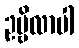
ဥဗ္ဗိလာပါ